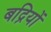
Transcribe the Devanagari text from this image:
बद्रियों